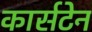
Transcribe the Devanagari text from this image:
कार्सटेन